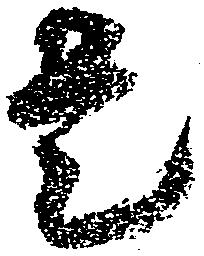
是